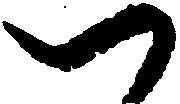
つ